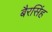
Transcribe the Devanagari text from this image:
बैरसिंह